Annual administration report of the Civil Veterinary Department, Sind - 1940-1941
Year: 1940
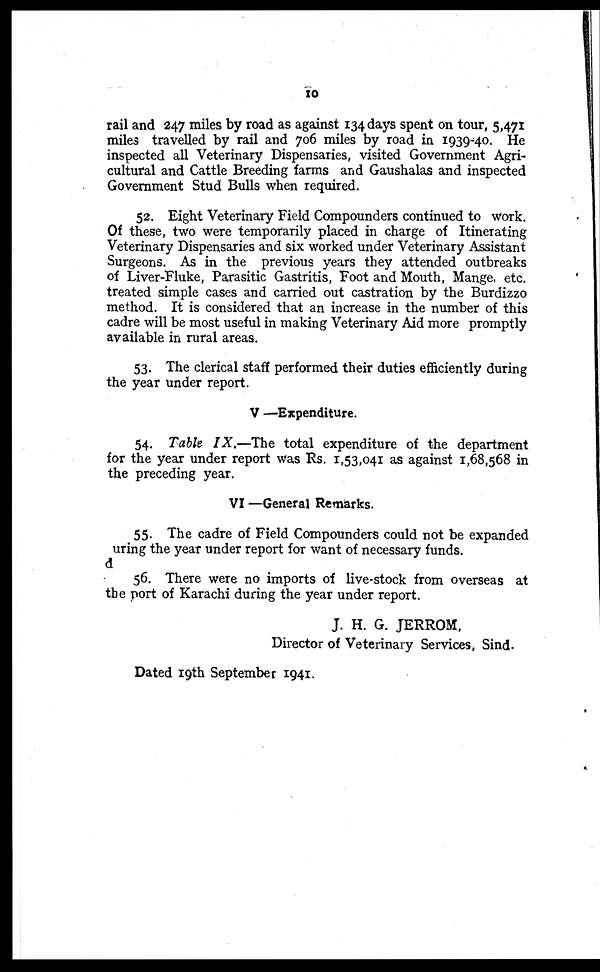
10
rail and 247 miles by road as against 134 days spent on tour, 5,471
miles travelled by rail and 706 miles by road in 1939-40. He
inspected all Veterinary Dispensaries, visited Government Agri-
cultural and Cattle Breeding farms and Gaushalas and inspected
Government Stud Bulls when required.
52. Eight Veterinary Field Compounders continued to work.
Of these, two were temporarily placed in charge of Itinerating
Veterinary Dispensaries and six worked under Veterinary Assistant
Surgeons. As in the previous years they attended outbreaks
of Liver-Fluke, Parasitic Gastritis, Foot and Mouth, Mange, etc.
treated simple cases and carried out castration by the Burdizzo
method. It is considered that an increase in the number of this
cadre will be most useful in making Veterinary Aid more promptly
available in rural areas.
53. The clerical staff performed their duties efficiently during
the year under report.
V —Expenditure.
54. Table IX.—The total expenditure of the department
for the year under report was Rs. 1,53,041 as against 1,68,568 in
the preceding year.
VI —General Remarks.
55. The cadre of Field Compounders could not be expanded
uring the year under report for want of necessary funds.
d
56. There were no imports of live-stock from overseas at
the port of Karachi during the year under report.
J. H. G. JERROM,
Director of Veterinary Services, Sind.
Dated 19th September 1941.